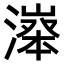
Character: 𣽵